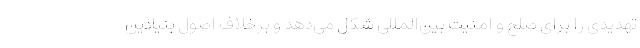
تهدیدی را برای صلح و امنیت بین‌المللی شکل می‌دهد و برخلاف اصول بنیادین